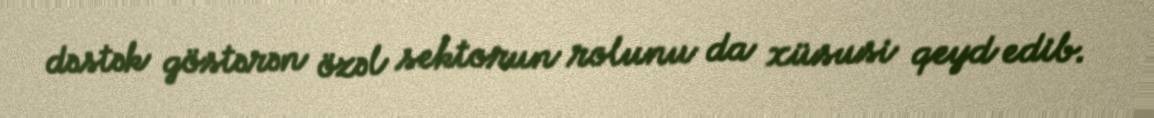
dəstək göstərən özəl sektorun rolunu da xüsusi qeyd edib.